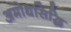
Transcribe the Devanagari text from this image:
अमोधसिद्धि